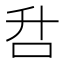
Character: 𰇌